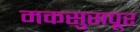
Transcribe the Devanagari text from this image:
मकसुसपूर